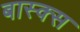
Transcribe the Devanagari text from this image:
बास्क्स